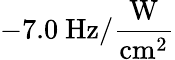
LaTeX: -7.0~\mathrm{Hz/\frac{W}{cm^{2}}}